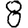
Digit: 8